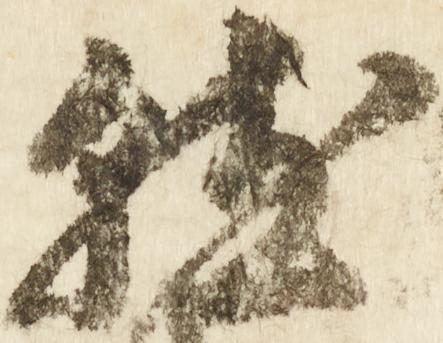
就